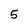
Character: 5